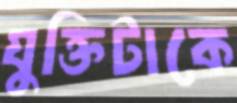
যুক্তিটাকে